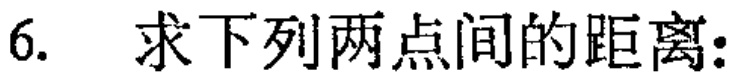
6. 求下列两点间的距离: